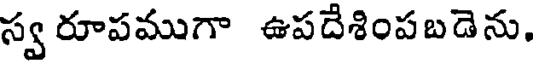
స్వ రూపముగా ఉపదేశింపబడెను.